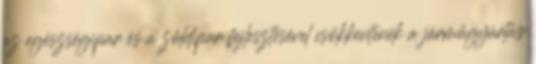
az egészségipar és a zöldipar fejlesztésével csökkentenék a járműgyártás